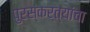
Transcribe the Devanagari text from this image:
पुरस्कर्त्यांचा